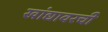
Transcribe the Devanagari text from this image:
खांद्यावरची